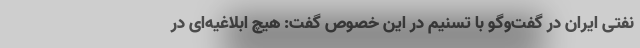
نفتی ایران در گفت‌وگو با تسنیم در این خصوص گفت: هیچ ابلاغیه‌ای در